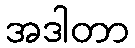
အဒါတာ